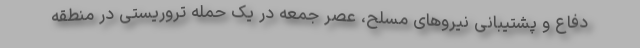
دفاع و پشتیبانی نیروهای مسلح، عصر جمعه در یک حمله تروریستی در منطقه